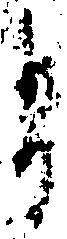
有